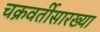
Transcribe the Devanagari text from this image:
चक्रवर्तीसारख्या